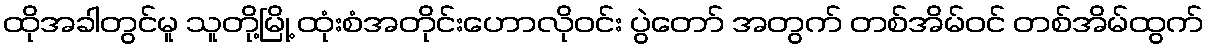
ထိုအခါတွင်မူ သူတို့မြို့ ထုံးစံအတိုင်းဟောလိုဝင်း ပွဲတော် အတွက် တစ်အိမ်ဝင် တစ်အိမ်ထွက်